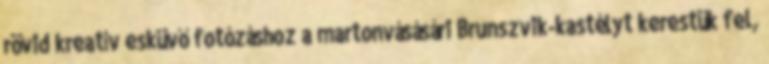
rövid kreatív esküvő fotózáshoz a martonvásásári Brunszvik-kastélyt kerestük fel,